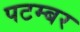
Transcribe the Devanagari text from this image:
पटम्‍बर